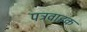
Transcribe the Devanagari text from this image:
पत्रवाहक